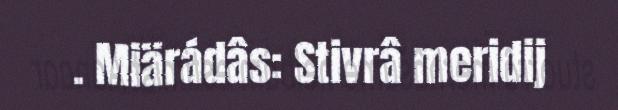
. Miärádâs: Stivrâ meridij